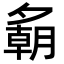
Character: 𪤾